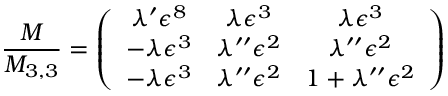
\frac { M } { M _ { 3 , 3 } } = \left( \begin{array} { c c c } { { \lambda ^ { \prime } \epsilon ^ { 8 } } } & { { \lambda \epsilon ^ { 3 } } } & { { \lambda \epsilon ^ { 3 } } } \\ { { - \lambda \epsilon ^ { 3 } } } & { { \lambda ^ { \prime \prime } \epsilon ^ { 2 } } } & { { \lambda ^ { \prime \prime } \epsilon ^ { 2 } } } \\ { { - \lambda \epsilon ^ { 3 } } } & { { \lambda ^ { \prime \prime } \epsilon ^ { 2 } } } & { { 1 + \lambda ^ { \prime \prime } \epsilon ^ { 2 } } } \end{array} \right)